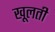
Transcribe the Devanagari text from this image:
खूलती